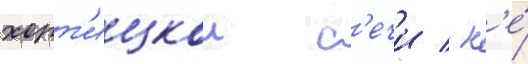
хорт'ицкои с'ечи / н'е́